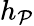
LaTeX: h_{\mathcal{P}}